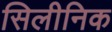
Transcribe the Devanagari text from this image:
सिलीनिक